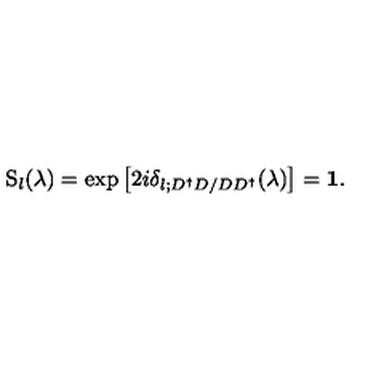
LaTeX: \mathrm { S } _ { l } ( \lambda ) = \exp \left[ 2 i \delta _ { l ; D ^ { \dagger } D / D D ^ { \dagger } } ( \lambda ) \right] = { \bf 1 } .